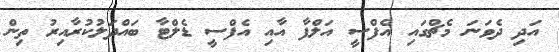
އަދި ދެވަނަ މެޗްގައި އެފްސީ އަލްފާ އާއި އެފްސީ ޑެލްޓާ ބައްދަލުކުރާއިރު ތިން